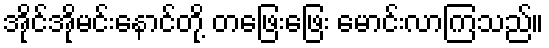
အိုင်အိုမင်းနောင်တို့ တဖြေးဖြေး မောင်းလာကြသည်။